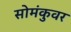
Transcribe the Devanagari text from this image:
सोमंकुवर